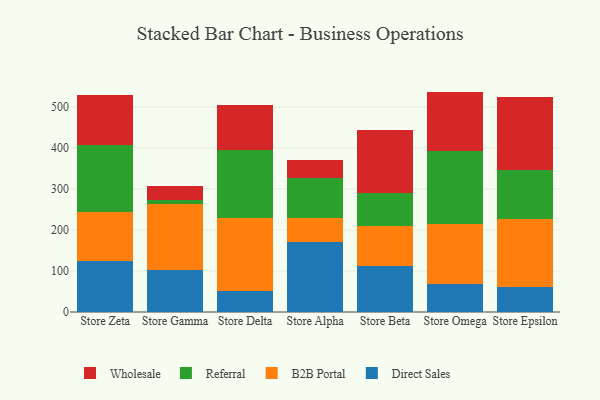
{"axis": {"x": "Store", "y": "Headcount"}, "legend": ["B2B Portal", "Direct Sales", "Referral", "Wholesale"], "data": [{"x": "Store Zeta", "y": 124.4, "type": "Direct Sales"}, {"x": "Store Zeta", "y": 118.5, "type": "B2B Portal"}, {"x": "Store Zeta", "y": 164.3, "type": "Referral"}, {"x": "Store Zeta", "y": 121.5, "type": "Wholesale"}, {"x": "Store Gamma", "y": 101.7, "type": "Direct Sales"}, {"x": "Store Gamma", "y": 162.7, "type": "B2B Portal"}, {"x": "Store Gamma", "y": 8.9, "type": "Referral"}, {"x": "Store Gamma", "y": 33.3, "type": "Wholesale"}, {"x": "Store Delta", "y": 52.2, "type": "Direct Sales"}, {"x": "Store Delta", "y": 176.2, "type": "B2B Portal"}, {"x": "Store Delta", "y": 166.3, "type": "Referral"}, {"x": "Store Delta", "y": 110.3, "type": "Wholesale"}, {"x": "Store Alpha", "y": 171.2, "type": "Direct Sales"}, {"x": "Store Alpha", "y": 58.3, "type": "B2B Portal"}, {"x": "Store Alpha", "y": 96.3, "type": "Referral"}, {"x": "Store Alpha", "y": 44.2, "type": "Wholesale"}, {"x": "Store Beta", "y": 111.2, "type": "Direct Sales"}, {"x": "Store Beta", "y": 99.6, "type": "B2B Portal"}, {"x": "Store Beta", "y": 78.5, "type": "Referral"}, {"x": "Store Beta", "y": 154.0, "type": "Wholesale"}, {"x": "Store Omega", "y": 68.6, "type": "Direct Sales"}, {"x": "Store Omega", "y": 145.6, "type": "B2B Portal"}, {"x": "Store Omega", "y": 177.6, "type": "Referral"}, {"x": "Store Omega", "y": 145.6, "type": "Wholesale"}, {"x": "Store Epsilon", "y": 60.2, "type": "Direct Sales"}, {"x": "Store Epsilon", "y": 165.5, "type": "B2B Portal"}, {"x": "Store Epsilon", "y": 120.8, "type": "Referral"}, {"x": "Store Epsilon", "y": 178.8, "type": "Wholesale"}]}